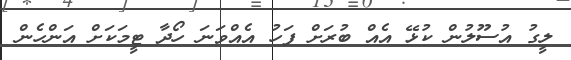
ލީގު އުސޫލުން ކުޅޭ އެއް ބުރަށް ފަހު އެއްވަނަ ހޯދާ ޓީމަކަށް އަންހެން